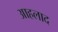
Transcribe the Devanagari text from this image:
आहलाद